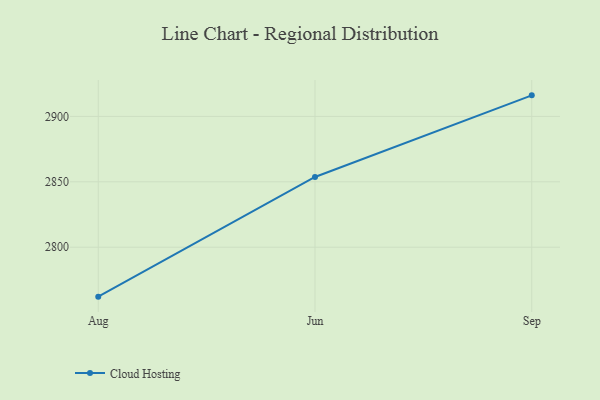
{"axis": {"x": "Month", "y": "Tickets Resolved"}, "legend": ["Cloud Hosting"], "data": [{"x": "Aug", "y": 2762.2, "type": "Cloud Hosting"}, {"x": "Jun", "y": 2853.7, "type": "Cloud Hosting"}, {"x": "Sep", "y": 2916.1, "type": "Cloud Hosting"}]}